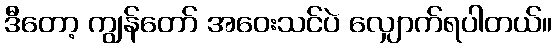
ဒီတော့ ကျွန်တော် အဝေးသင်ပဲ လျှောက်ရပါတယ်။